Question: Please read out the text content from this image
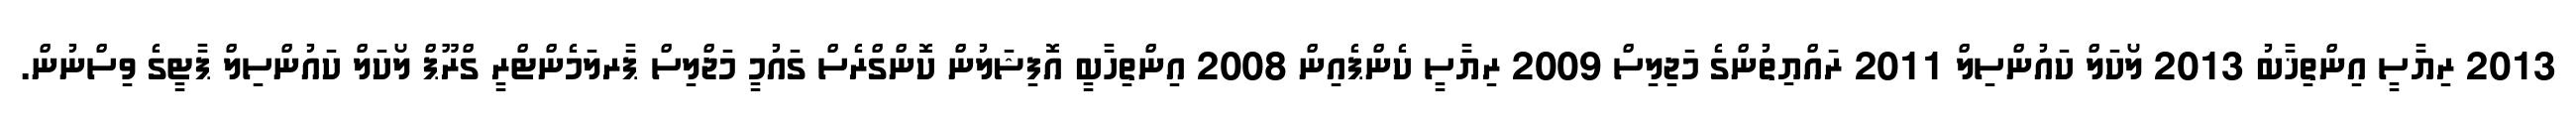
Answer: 2013 ރިޔާސީ އިންތިޚާބު 2013 ލޯކަލް ކައުންސިލް 2011 ރައްޔިތުންގެ މަޖިލިސް 2009 ރިޔާސީ ކެންޕެއިން 2008 އިންތިހާބީ އޮފިޝަލުން ކޮންގްރެސް ގައުމީ މަޖްލިސް ޕާރލަމެންޓްރީ ގްރޫޕް ލޯކަލް ކައުންސިލް ޕާޓީގެ ވިސްނުން.